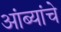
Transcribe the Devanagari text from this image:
आंब्यांचे